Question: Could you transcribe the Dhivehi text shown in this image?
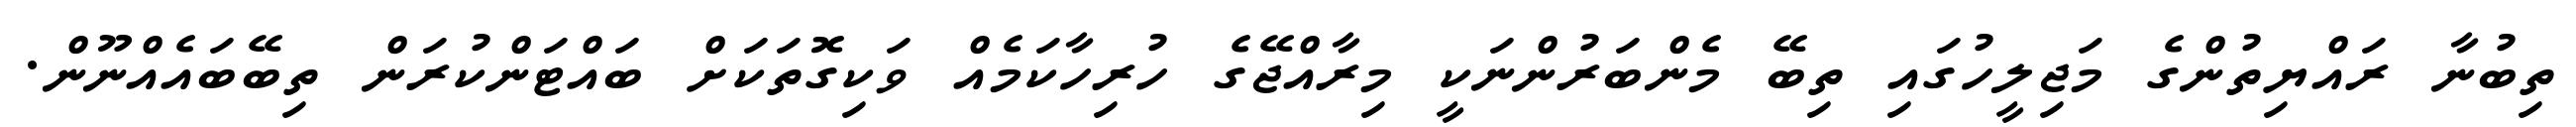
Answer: ތިބުނާ ރައްޔިތުންގެ މަޖިލީހުގައި ތިބޭ މެންބަރުންނަކީ މިރާއްޖޭގެ ހުރިހާކަމެއް ވަކިގޮތަކަށް ބައްޓަންކުރަން ތިބޭބައެއްނޫން.